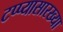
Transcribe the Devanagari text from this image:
टप्प्यासारख्या